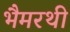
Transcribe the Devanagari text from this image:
भैमरथी